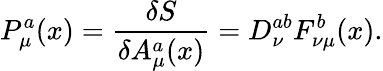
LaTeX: P_{\mu}^{a}(x)=\frac{\delta{S}}{\delta{A_{\mu}^{a}(x)}}=D_{\nu}^{ab}F_{\nu\mu}^{b}(x).